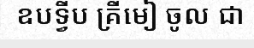
ឧបទ្វីប គ្រីមៀ ចូល ជា